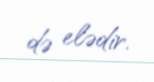
də elədir.